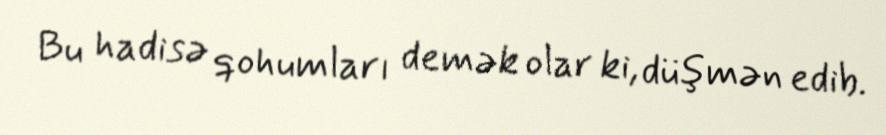
Bu hadisə qohumları demək olar ki, düşmən edib.